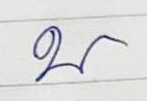
บ